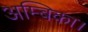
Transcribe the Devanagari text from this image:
अम्बिका।